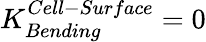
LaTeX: K_{Bending}^{Cell-Surface}=0